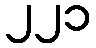
၂၂၁